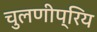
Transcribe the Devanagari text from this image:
चुलणीप्रिय